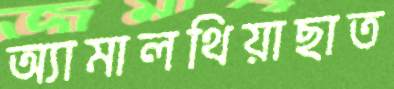
অ্যামালথিয়াছাত